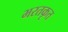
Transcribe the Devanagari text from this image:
भरतकृत